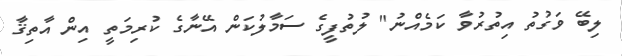
ލިބޭ ވަގުތު އިތުރުވާ ކަމެއްނު" ލުތުފީގެ ސަމާލުކަން އޭނާގެ ކުރިމަތީ އިން އާތިޤާ